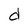
Character: d